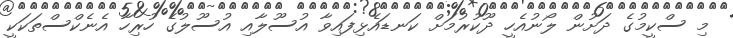
މި ސްކީމުގެ ދަށުން ލޯނުއެހީ ދޫކުރުމަށް ކަނޑައެޅިފައިވާ އުސޫލާއި އުސޫލުގެ ހުރިހާ އެނެކްސްތަކަކީ